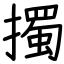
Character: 擉